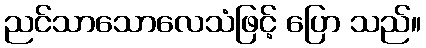
ညင်သာသောလေသံဖြင့် ပြော သည်။